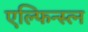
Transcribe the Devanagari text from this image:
एल्फिन्स्त्न